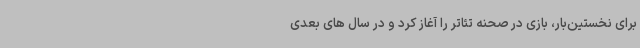
برای نخستین‌بار، بازی در صحنه تئاتر را آغاز کرد و در سال های بعدی